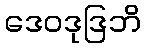
ဒေဝဒုဒြဘိ